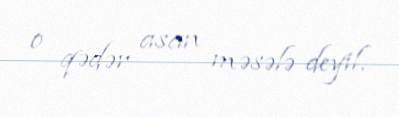
o qədər asan məsələ deyil.